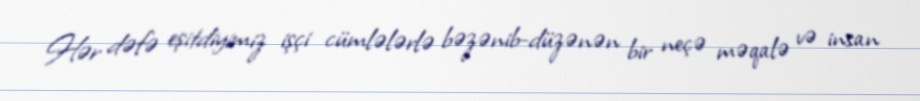
Hər dəfə eşitdiyimiz işçi cümlələrlə bəzənib-düzənən bir neçə məqalə və insan